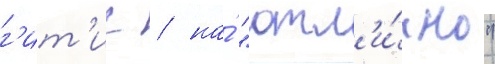
г'ит'ис / на́ "отл'и́чно"